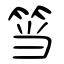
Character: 筜